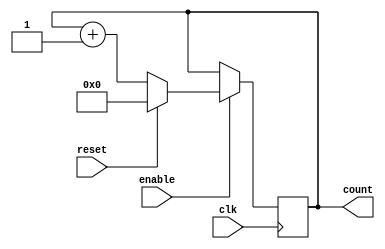
module counter(clk, enable, reset, count);

input clk, enable, reset;
output reg [31:0] count;

initial count = 0;

always @ (posedge clk)
begin

if (enable)
count = reset? 0 : count+1;


end


endmodule